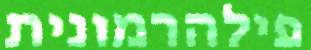
פילהרמונית